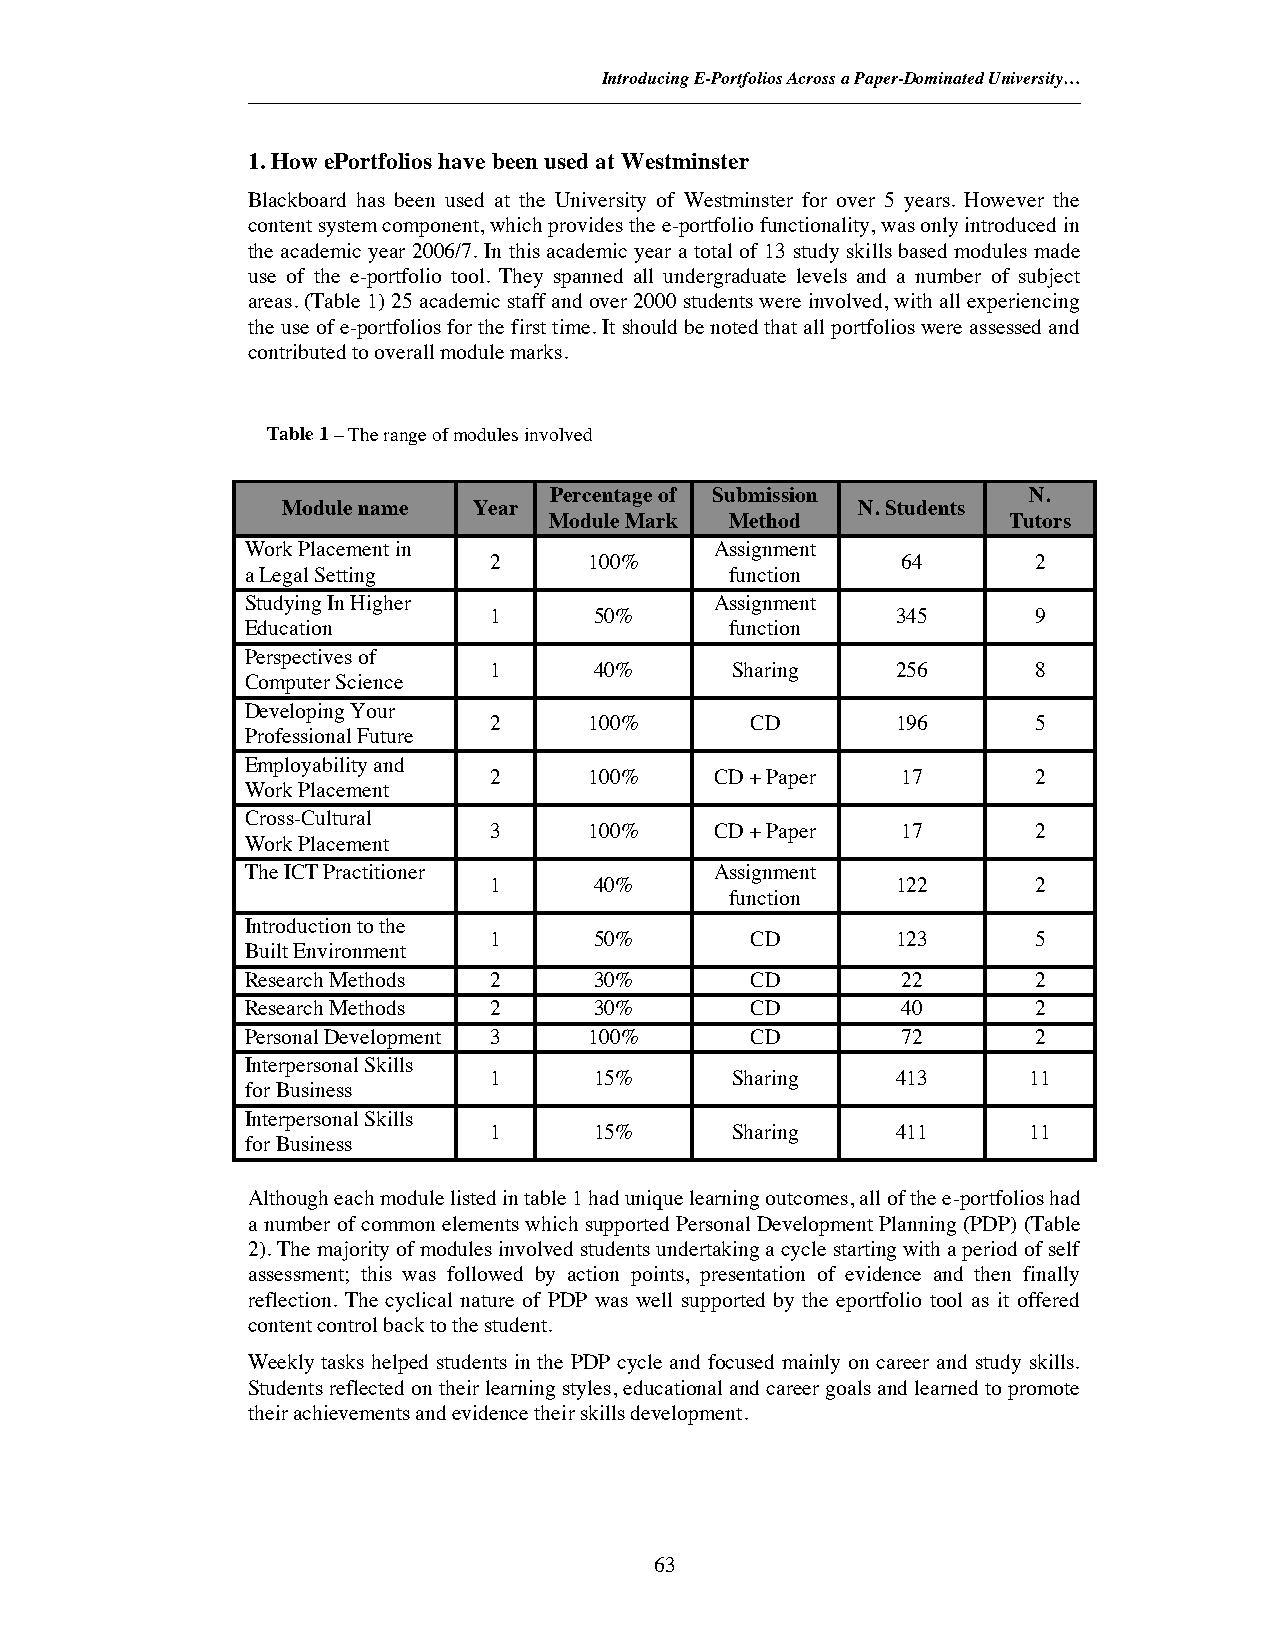
Introducing E-Portfolios Across a Paper-Dominated University…
 1. How ePortfolios have been used at Westminster
 Blackboard has been used at the University of Westminster for over 5 years. However the
 content system component, which provides the e-portfolio functionality, was only introduced in
 the academic year 2006/7. In this academic year a total of 13 study skills based modules made
 use of the e-portfolio tool. They spanned all undergraduate levels and a number of subject
 areas. (Table 1) 25 academic staff and over 2000 students were involved, with all experiencing
 the use of e-portfolios for the first time. It should be noted that all portfolios were assessed and
 contributed to overall module marks.
 Table 1– The range of modules involved
 Percentage of Submission        N.
 Module name Year                      N. Students
 Module Mark Method             Tutors
 Work Placement in              Assignment
 2      100%                 64       2
 a Legal Setting                 function
 Studying In Higher             Assignment
 1      50%                 345       9
 Education                       function
 Perspectives of
 1      40%      Sharing    256       8
 Computer Science
 Developing Your
 2      100%       CD       196       5
 Professional Future
 Employability and
 2      100%    CD + Paper   17       2
 Work Placement
 Cross-Cultural
 3      100%    CD + Paper   17       2
 Work Placement
 The ICT Practitioner           Assignment
 1      40%                 122       2
 function
 Introduction to the
 1      50%        CD       123       5
 Built Environment
 Research Methods 2     30%        CD        22       2
 Research Methods 2     30%        CD        40       2
 Personal Development 3 100%       CD        72       2
 Interpersonal Skills
 1      15%      Sharing    413      11
 for Business
 Interpersonal Skills
 1      15%      Sharing    411      11
 for Business
 Although each module listed in table 1 had unique learning outcomes, all of the e-portfolios had
 a number of common elements which supported Personal Development Planning (PDP) (Table
 2). The majority of modules involved students undertaking a cycle starting with a period of self
 assessment; this was followed by action points, presentation of evidence and then finally
 reflection. The cyclical nature of PDP was well supported by the eportfolio tool as it offered
 content control back to the student.
 Weekly tasks helped students in the PDP cycle and focused mainly on career and study skills.
 Students reflected on their learning styles, educational and career goals and learned to promote
 their achievements and evidence their skills development.
 63